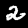
Label: 2